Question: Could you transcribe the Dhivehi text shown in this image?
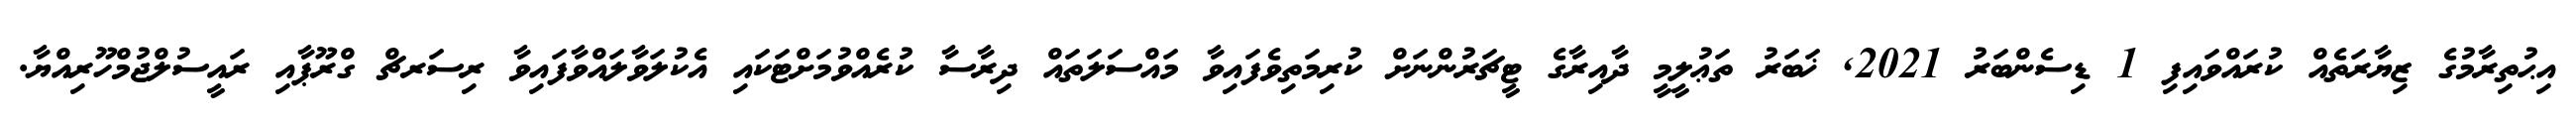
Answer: އިޙުތިރާމުގެ ޒިޔާރަތެއް ކުރައްވައިފި 1 ޑިސެންބަރު 2021, ޚަބަރު ތަޢުލީމީ ދާއިރާގެ ޓީޗަރުންނަށް ކުރިމަތިވެފައިވާ މައްސަލަތައް ދިރާސާ ކުރެއްވުމަށްޓަކައި އެކުލަވާލައްވާފައިވާ ރިސަރޗް ގްރޫޕާއި ރައީސުލްޖުމްހޫރިއްޔާ.